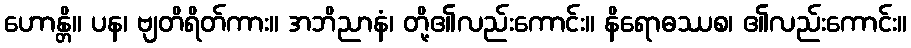
ဟောန္တိ။ ပန၊ ဗျတိရိတ်ကား။ အဘိညာနံ၊ တို့၏လည်းကောင်း။ နိရောဓဿစ၊ ၏လည်းကောင်း။